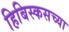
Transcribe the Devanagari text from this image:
हिबिस्कसच्या